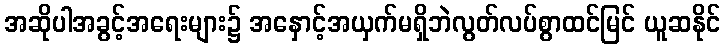
အဆိုပါအခွင့်အရေးများ၌ အနှောင့်အယှက်မရှိဘဲလွတ်လပ်စွာထင်မြင် ယူဆနိုင်